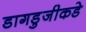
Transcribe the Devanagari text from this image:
डागडुजीकडे